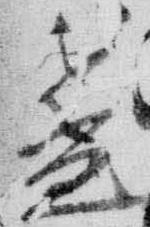
盞